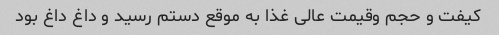
کیفت و حجم وقیمت عالی غذا به موقع دستم رسید و داغ داغ بود